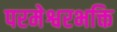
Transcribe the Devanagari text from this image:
परमेश्वरभक्ति